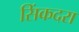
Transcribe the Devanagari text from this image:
सिंकदरा